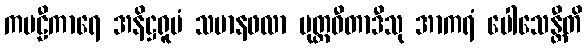
ကဗဠီကာရေ အနိဋ္ဌရူပံ သမာနဖလာ ပုတ္တဓီတာဒီသု အာကရံ ပေါသေန္တီတိ